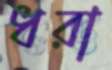
ধরা